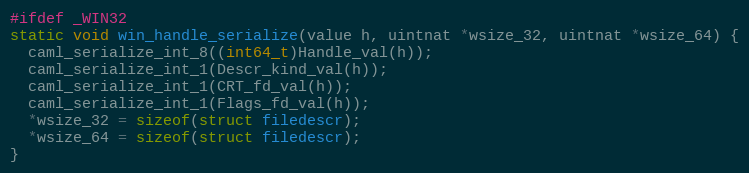
Language: C
#ifdef _WIN32
static void win_handle_serialize(value h, uintnat *wsize_32, uintnat *wsize_64) {
  caml_serialize_int_8((int64_t)Handle_val(h));
  caml_serialize_int_1(Descr_kind_val(h));
  caml_serialize_int_1(CRT_fd_val(h));
  caml_serialize_int_1(Flags_fd_val(h));
  *wsize_32 = sizeof(struct filedescr);
  *wsize_64 = sizeof(struct filedescr);
}